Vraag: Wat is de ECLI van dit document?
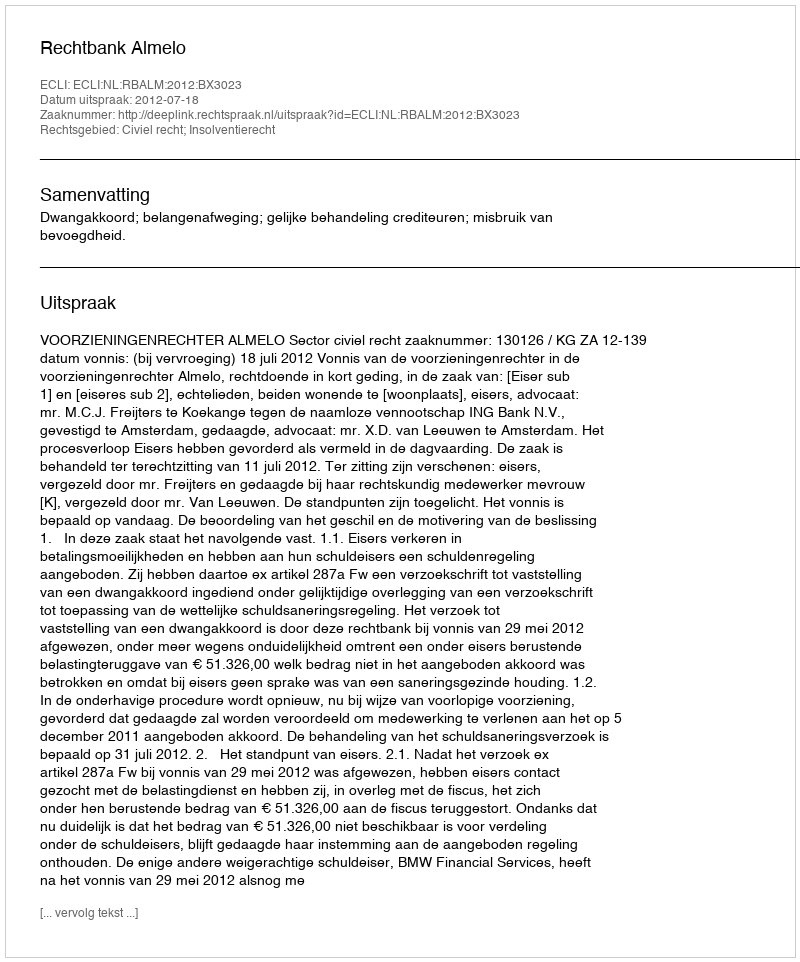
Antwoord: ECLI:NL:RBALM:2012:BX3023